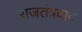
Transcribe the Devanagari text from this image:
राजतंत्रवाद